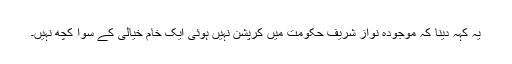
یہ کہہ دینا کہ موجودہ نواز شریف حکومت میں کرپشن نہیں ہوئی ایک خام خیالی کے سوا کچھ نہیں۔